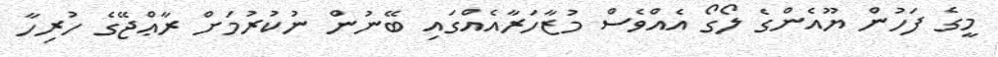
މީގެ ފަހުން ޔޫއެންގެ ލޯގޯ އެއްވެސް މުޒާހަރާއެއްގައި ބޭނުން ނުކުރުމަށް ރާޢްޖޭގެ ހުރިހާ